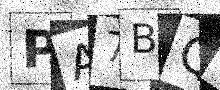
Text: PA7BQ1